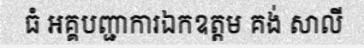
ធំ អគ្គបញ្ជាការឯកឧត្តម គង់ សាលី